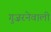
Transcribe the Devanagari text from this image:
गुज़रनेवाली